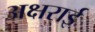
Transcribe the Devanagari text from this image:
अक्षराई